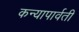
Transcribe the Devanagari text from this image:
कन्यापार्वती